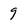
Character: 9